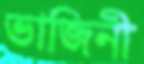
ভাজিনী